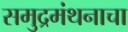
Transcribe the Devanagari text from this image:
समुद्रमंथनाचा